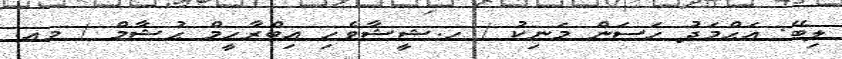
ލިބޭ: އަޙްމަދު ހަސަން މަނިކު / ހ.ޝީޝާވެހި އިބްރާހީމް ޙުޝާމް / މއ.